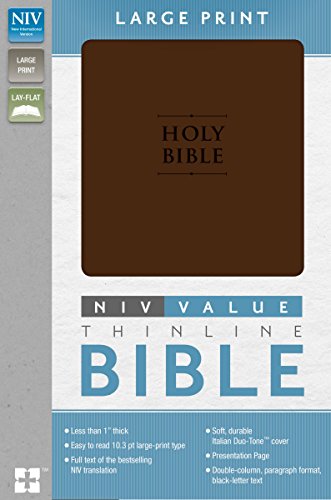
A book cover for NIV Premium Value Thinline Bible, Large Print; Zondervan; Christian Books & Bibles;